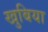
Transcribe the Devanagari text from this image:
खुबिया